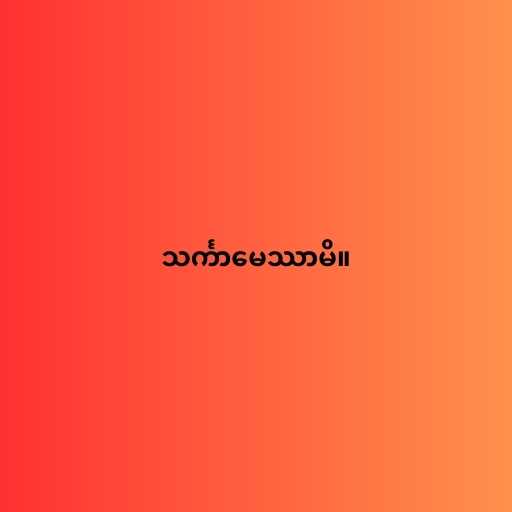
သင်္ကာမေဿာမိ။